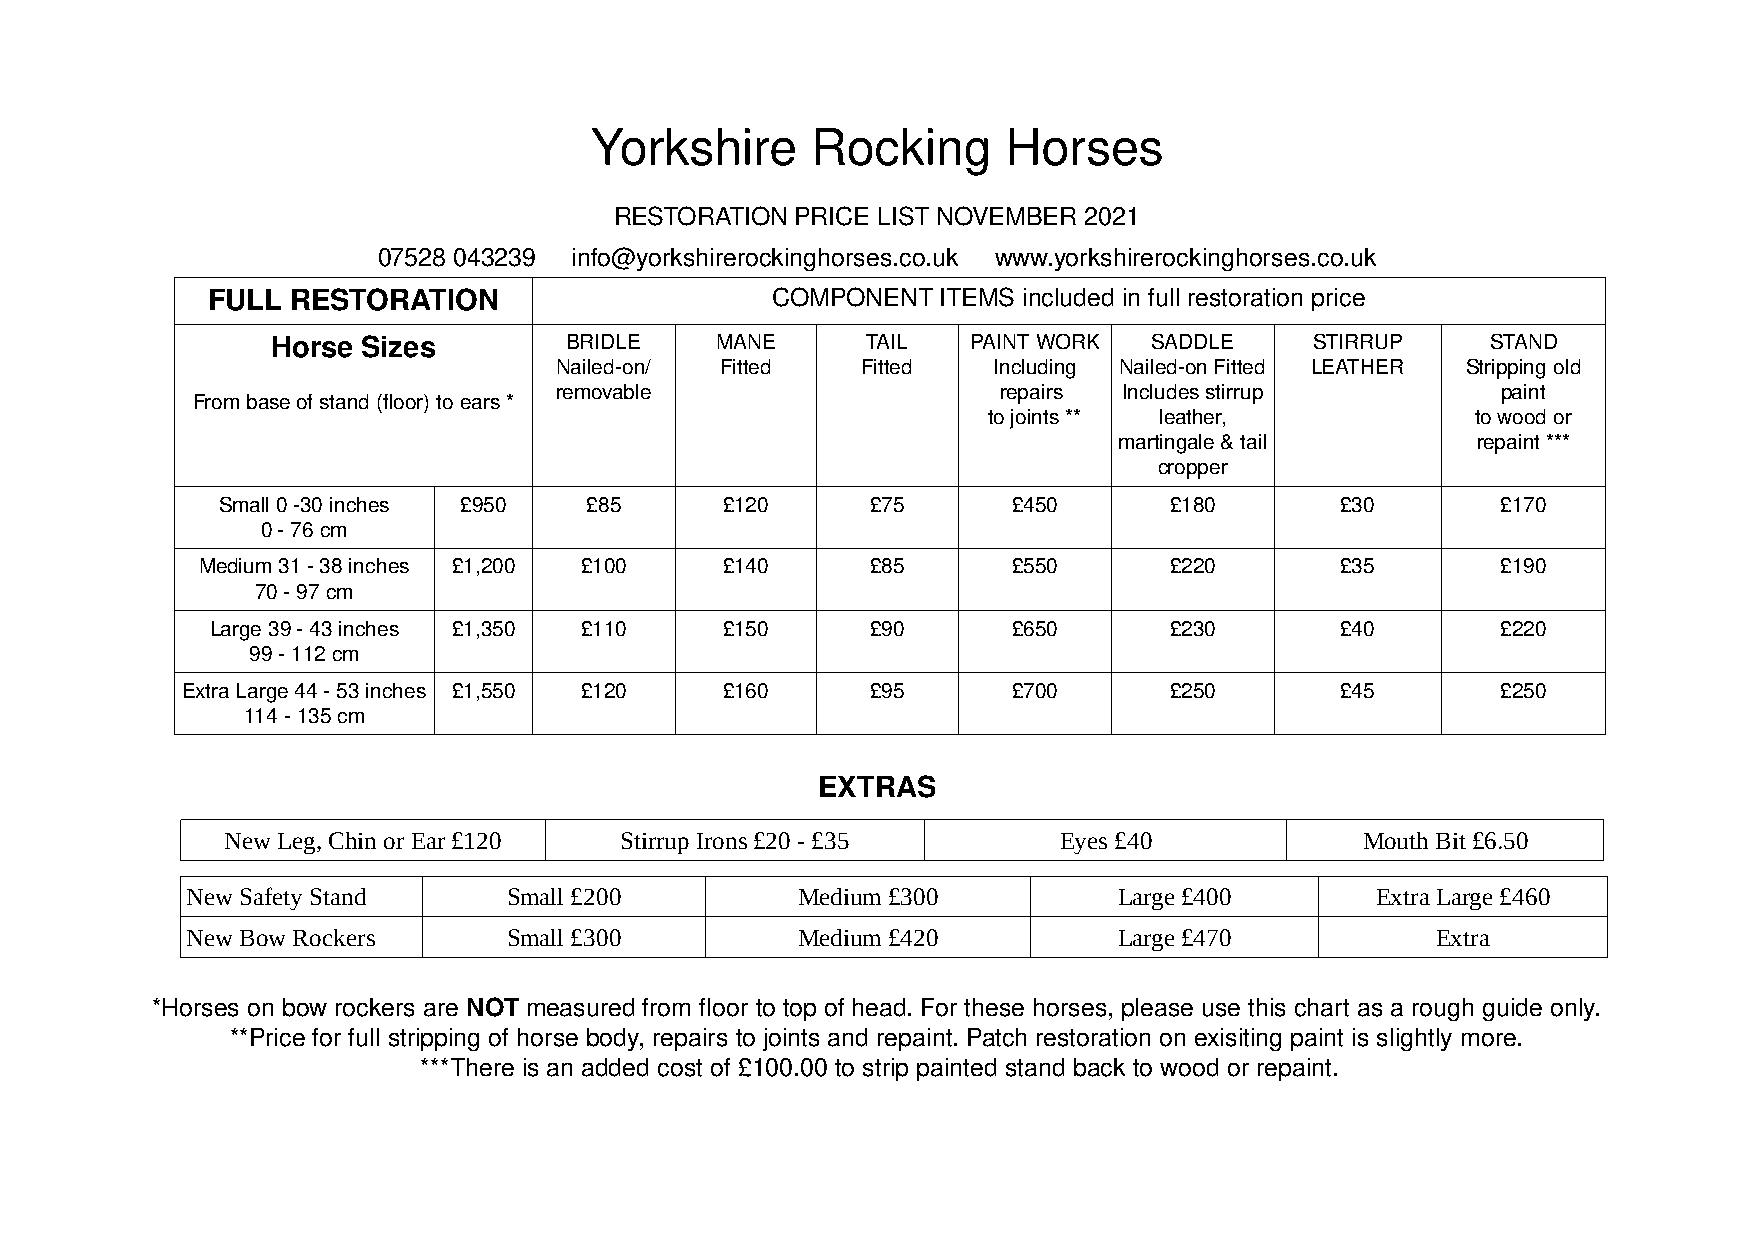
Yorkshire      Rocking      Horses
 RESTORATION PRICE LIST NOVEMBER 2021
 07528 043239 info@yorkshirerockinghorses.co.uk www.yorkshirerockinghorses.co.uk
 FULL RESTORATION                     COMPONENT  ITEMS included in full restoration price
 Horse Sizes         BRIDLE   MANE      TAIL   PAINT WORK  SADDLE     STIRRUP     STAND
 Nailed-on/ Fitted   Fitted   Including Nailed-on Fitted LEATHER Stripping old
 removable                    repairs Includes stirrup         paint
 From base of stand (floor) to ears *
 to joints ** leather,            to wood or
 martingale & tail       repaint ***
 cropper
 Small 0 -30 inches £950  £85      £120      £75      £450      £180        £30       £170
 0 - 76 cm
 Medium 31 - 38 inches £1,200 £100  £140      £85      £550      £220        £35       £190
 70 - 97 cm
 Large 39 - 43 inches £1,350 £110  £150      £90      £650      £230        £40       £220
 99 - 112 cm
 Extra Large 44 - 53 inches £1,550 £120 £160   £95      £700      £250        £45       £250
 114 - 135 cm
 EXTRAS
 New Leg, Chin or Ear £120 Stirrup Irons £20 - £35      Eyes £40            Mouth Bit £6.50
 New Safety Stand      Small £200         Medium £300          Large £400       Extra Large £460
 New Bow Rockers       Small £300         Medium £420          Large £470           Extra
 *Horses on bow rockers are NOT measured from floor to top of head. For these horses, please use this chart as a rough guide only.
 **Price for full stripping of horse body, repairs to joints and repaint. Patch restoration on exisiting paint is slightly more.
 ***There is an added cost of £100.00 to strip painted stand back to wood or repaint.